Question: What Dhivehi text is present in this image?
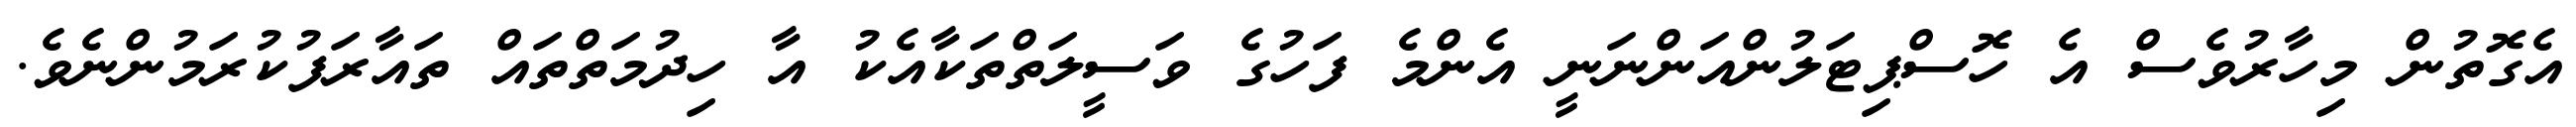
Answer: އެގޮތުން މިހާރުވެސް އެ ހޮސްޕިޓަލުންއަންނަނީ އެންމެ ފަހުގެ ވަސީލަތްތަކާއެކު އާ ހިދުމަތްތައް ތައާރަފުކުރަމުންނެވެ.